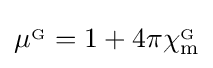
\mu ^{_{\mathrm {G} }}=1+4\pi \chi _{\mathrm {m} }^{_{\mathrm {G} }}